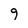
Character: 9